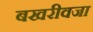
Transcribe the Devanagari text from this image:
बखरीवजा